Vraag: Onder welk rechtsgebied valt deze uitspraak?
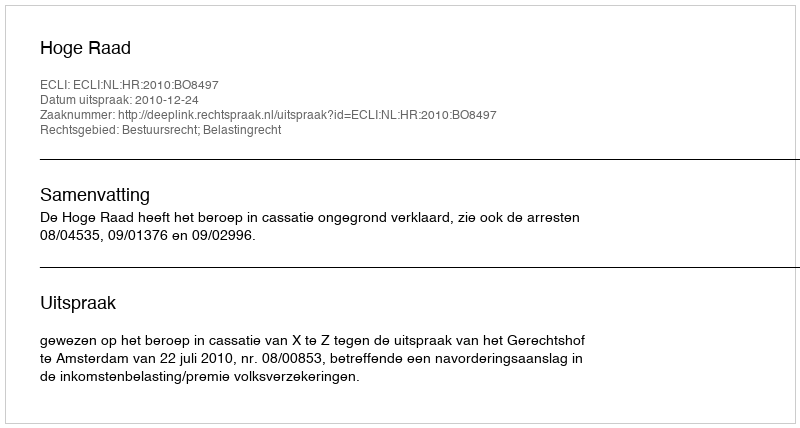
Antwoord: Bestuursrecht; Belastingrecht